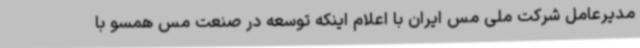
مدیرعامل شرکت ملی مس ایران با اعلام اینکه توسعه در صنعت مس همسو با